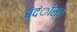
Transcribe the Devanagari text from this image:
बंदंीस्त